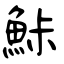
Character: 鮛